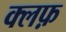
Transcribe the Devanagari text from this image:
क्लफ़